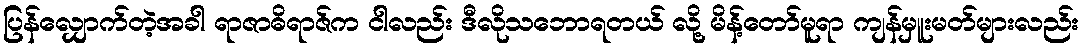
ပြန်လျှောက်တဲ့အခါ ရာဇာဓိရာဇ်က ငါလည်း ဒီလိုသဘောရတယ် လို့ မိန့်တော်မူရာ ကျန်မှူးမတ်များလည်း